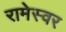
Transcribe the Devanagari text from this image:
रामेस्वर